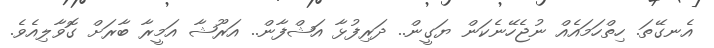
އެނގޭތަ. ހިތްހަމައެއް ނުޖެހޭނެކަން ޔަގީން.. ދަރިފުޅާ އަޝްފާން.. އަރޫޝާ އަމީރާ ބާރަށް ގޮވާލިއެވެ.